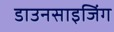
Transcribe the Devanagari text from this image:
डाउनसाइजिंग